Civil Veterinary Dept. Bombay admin report 1907-1913 - 1907-1913
Year: 1907
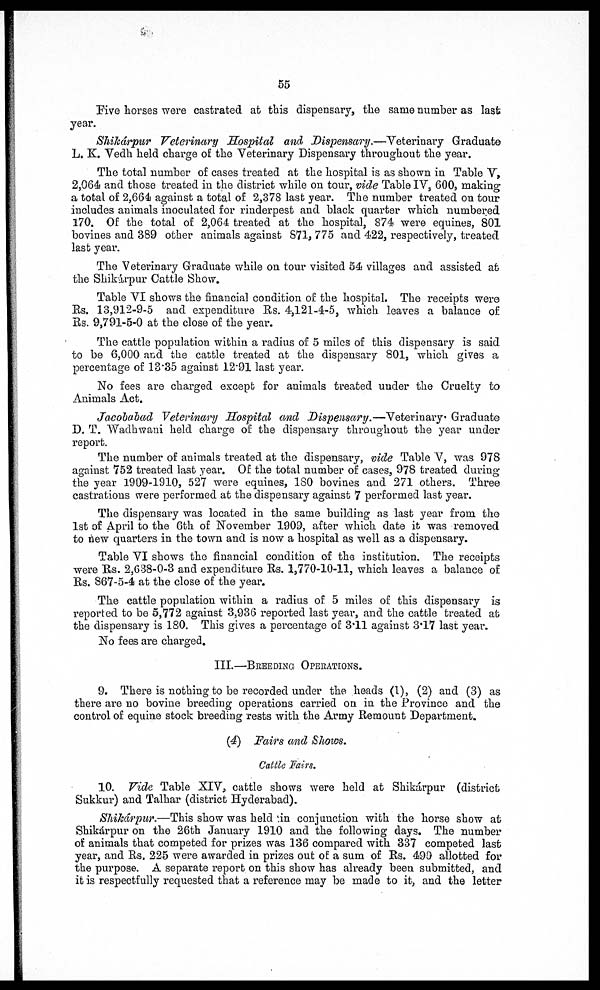
55
Five horses were castrated at this dispensary, the same number as last
year.
Shikárpur
Veterinary Hospital
and Dispensary.—Veterinary
Graduate
L. K. Vedh held charge of the Veterinary Dispensary throughout the year.
The total number of cases treated at the hospital is as shown in Table V,
2,064 and those treated in the district while on tour, vide Table IV, 600, making-
a total of 2,664 against a total of 2,378 last year. The number treated on tour
includes animals inoculated for rinderpest and black quarter which numbered
170. Of the total of 2,064 treated at the hospital, 874 were equines, 801
bovines and 389 other animals against 871, 775 and 422, respectively, treated
last year.
The Veterinary Graduate while on tour visited 54 villages and assisted at
the Shikárpur Cattle Show.
Table VI shows the financial condition of the hospital. The receipts were
Rs. 13,912-9-5 and expenditure Rs. 4,121-4-5, which leaves a balance of
Rs. 9,791-5-0 at the close of the year.
The cattle population within a radius of 5 miles of this dispensary is said
to be 6,000 and the cattle treated at the dispensary 801, which gives a
percentage of 13.35 against 12.91 last year.
No fees are charged except for animals treated under the Cruelty to
Animals Act.
Jacobabad Veterinary Hospital and Dispensary.—Veterinary
Graduate
D. T. Wadhwani held charge of the dispensary throughout the year under
report.
The number of animals treated at the dispensary, vide Table V, was 978
against 752 treated last year. Of the total number of cases, 978 treated during
the year 1909-1910, 527 were equines, 180 bovines and 271 others. Three
castrations were performed at the dispensary against 7 performed last year.
The dispensary was located in the same building as last year from the
1st of April to the 6th of November 1909, after which, date it was removed
to new quarters in the town and is now a hospital as well as a dispensary.
Table VI shows the financial condition of the institution. The receipts
were Rs. 2,638-0-3 and expenditure Rs. 1,770-10-11, which leaves a balance of
Rs. 867-5-4 at the close of the year.
The cattle population within a radius of 5 miles of this dispensary is
reported to be 5,772 against 3,936 reported last year, and the cattle treated at
the dispensary is 180. This gives a percentage of 3.11 against 3.17 last year.
No fees are charged.
III.—BREEDING OPERATIONS.
9. There is nothing to be recorded under the heads (1), (2) and (3) as
there are no bovine breeding operations carried on in the Province and the
control of equine stock breeding rests with the Army Remount Department.
(4) Fairs and Shows.
Cattle Fairs.
10. Vide Table XIV, cattle shows were held at Shikárpur (district
Sukkur) and Talhar (district Hyderabad).
Shikárpur.—This show was held in conjunction with the horse show at
Shikárpur on the 26th January 1910 and the following days. The number
of animals that competed for prizes was 136 compared with 337 competed last
year, and Rs. 225 were awarded in prizes out of a sum of Rs. 490 allotted for
the purpose. A separate report on this show has already been submitted, and
it is respectfully requested that a reference may be made to it, and the letter